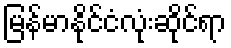
မြန်မာနိုင်ငံလုံးဆိုင်ရာ